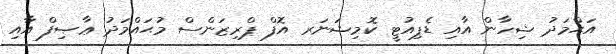
އަޙްމަދު ޝިހާން އާއި ޑެޕިއުޓީ ކޮމިޝަނަރ އޮފް ޕްރިޒަންސް މުޙައްމަދު ޢާޞިފް އާއި